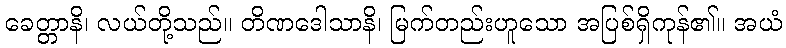
ခေတ္တာနိ၊ လယ်တို့သည်။ တိဏဒေါသာနိ၊ မြက်တည်းဟူသော အပြစ်ရှိကုန်၏။ အယံ